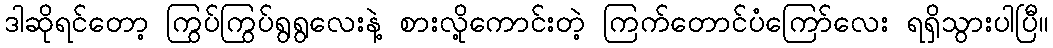
ဒါဆိုရင်တော့ ကြွပ်ကြွပ်ရွရွလေးနဲ့ စားလို့ကောင်းတဲ့ ကြက်တောင်ပံကြော်လေး ရရှိသွားပါပြီ။